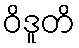
ဝိဒူတိ